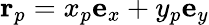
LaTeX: \mathbf{r}_{p}=x_{p}\mathbf{e}_{x}+y_{p}\mathbf{e}_{y}